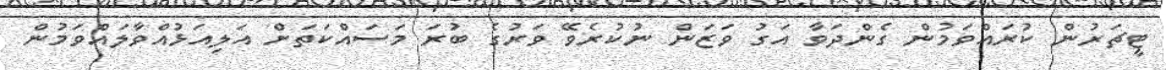
ޓީޗަރުން ކުރައްވަމުން ގެންދަވާ އަގު ވަޒަން ނުކުރެވޭ ވަރުގެ ބުރަ މަސައްކަތަށް އަލިއަޅުއްވާލައްވަމުން